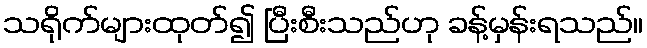
သရိုက်များထုတ်၍ ပြီးစီးသည်ဟု ခန့်မှန်းရသည်။